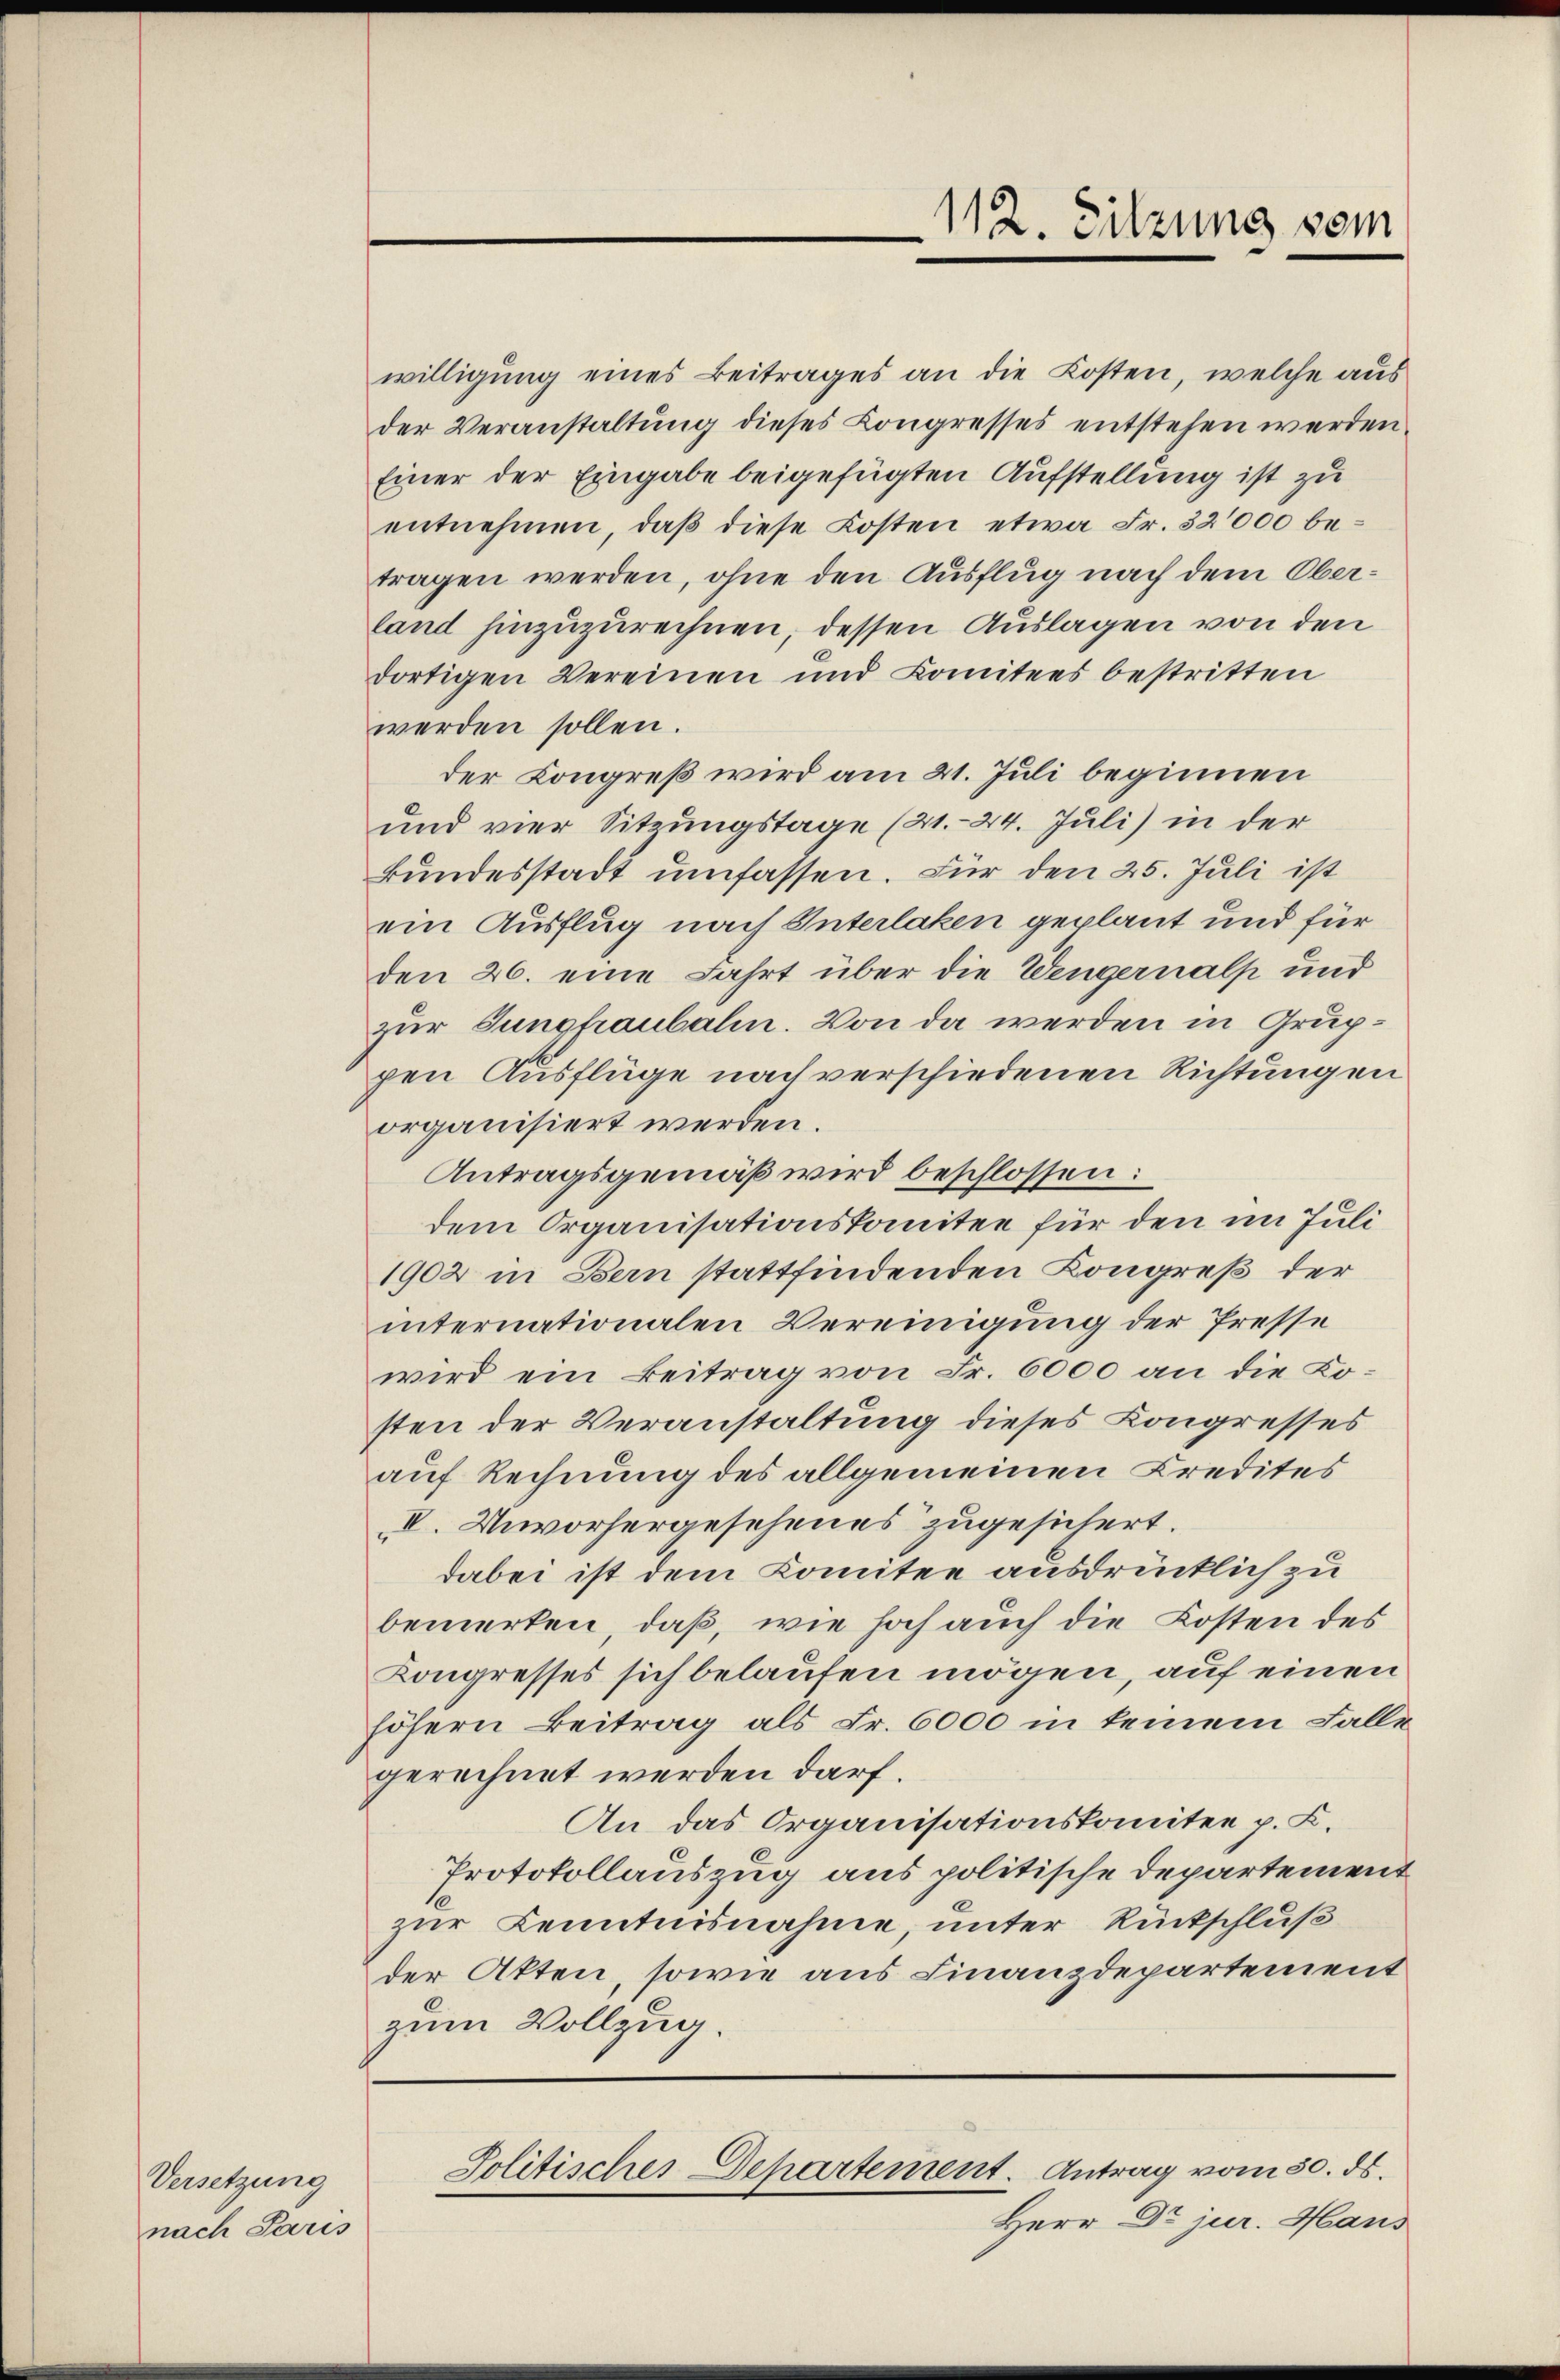
Versetzung
nach Paris

112. Sitzung vom

willigung eines Beitrages an die Kosten, welche aus
der Veranstaltung dieses Congresses entstehen werden
Einer der Eingabe beigefügten Aufstellung ist zu
entnehmen, daß diese Kosten etwa Fr. 32000 betragen werden, ohne den Ausflug nach dem Oberland hinzuzurechnen, dessen Auslagen von den
dortigen Vereinen und Komitees bestritten
werden sollen.
der Kongreß wird am 21. Juli beginnen
und vier Sitzungstage (21. 24. Juli) in der
kundesstadt umfassen. Für den 25. Juli ist
ein Ausflug nach Interlaken geplant und für
den 26. eine Fahrt über die Wengernalp und
zur Jungfraubalin. Von da werden in Gruppen Ausflüge nach verschiedenen Richtungen
organisiert werden.
Antragsgemäß wird beschlossen:
dem Organisationskomitee für den im Juli
1902 in Bern stattfindenden Kongreß der
internationalen Vereinigung der Presse
wird ein Beitrag von Fr. 6000 an die Kosten der Veranstaltung dieses Kongresses
auf Rechnung des allgemeinen Kredites
IV. Unvorhergesehenes zugesichert.
dabei ist dem Komitee ausdrücklich zu
bemerken, daß, wie hoch auch die Kosten des
Kongresses sich belaufen mögen, auf einen
höhern Beitrag als Fr. 6000 in keinem Falle
gerechnet werden darf.
An das Organisationskomitee p. C.
Protokollauszug aus politische Departement
zur Kenntnisnahme unter Rückschluß
der Akten, sowie aus Finanzdepartement
zum Vollzug.

Politisches Departement. Antrag vom 30. ds.

Herr Dr jur. Haus